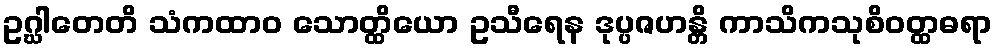
ဥဂ္ဃါတေတိ သံကထာဝ သောတ္ထိယော ဥသီရေန ဒုပ္ပဇဟန္တိ ကာသိကသုစိဝတ္ထဓရာ